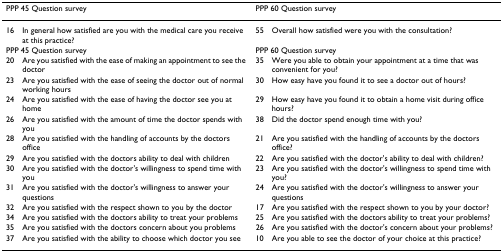
<table><thead><tr><td colspan="2"><b>PPP 45 Question survey</b></td><td colspan="2"><b>PPP 60 Question survey</b></td></tr></thead><tbody><tr><td>16</td><td>In general how satisfied are you with the medical care you receive at this practice?</td><td>55</td><td>Overall how satisfied were you with the consultation?</td></tr><tr><td colspan="2">PPP 45 Question survey</td><td colspan="2">PPP 60 Question survey</td></tr><tr><td>20</td><td>Are you satisfied with the ease of making an appointment to see the doctor</td><td>35</td><td>Were you able to obtain your appointment at a time that was convenient for you?</td></tr><tr><td>23</td><td>Are you satisfied with the ease of seeing the doctor out of normal working hours</td><td>30</td><td>How easy have you found it to see a doctor out of hours?</td></tr><tr><td>24</td><td>Are you satisfied with the ease of having the doctor see you at home</td><td>29</td><td>How easy have you found it to obtain a home visit during office hours?</td></tr><tr><td>26</td><td>Are you satisfied with the amount of time the doctor spends with you</td><td>38</td><td>Did the doctor spend enough time with you?</td></tr><tr><td>28</td><td>Are you satisfied with the handling of accounts by the doctors office</td><td>21</td><td>Are you satisfied with the handling of accounts by the doctors office?</td></tr><tr><td>29</td><td>Are you satisfied with the doctors ability to deal with children</td><td>22</td><td>Are you satisfied with the doctor&#x27;s ability to deal with children?</td></tr><tr><td>30</td><td>Are you satisfied with the doctor&#x27;s willingness to spend time with you</td><td>23</td><td>Are you satisfied with the doctor&#x27;s willingness to spend time with you?</td></tr><tr><td>31</td><td>Are you satisfied with the doctor&#x27;s willingness to answer your questions</td><td>24</td><td>Are you satisfied with the doctor&#x27;s willingness to answer your questions</td></tr><tr><td>32</td><td>Are you satisfied with the respect shown to you by the doctor</td><td>17</td><td>Are you satisfied with the respect shown to you by your doctor?</td></tr><tr><td>34</td><td>Are you satisfied with the doctors ability to treat your problems</td><td>25</td><td>Are you satisfied with the doctors ability to treat your problems?</td></tr><tr><td>35</td><td>Are you satisfied with the doctors concern about you problems</td><td>26</td><td>Are you satisfied with the doctor&#x27;s concern about your problems?</td></tr><tr><td>37</td><td>Are you satisfied with the ability to choose which doctor you see</td><td>10</td><td>Are you able to see the doctor of your choice at this practice?</td></tr></tbody></table>